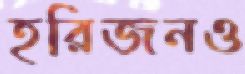
হরিজনও